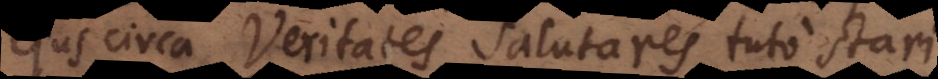
ejus circa Veritates Salutares tuto stari